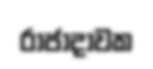
රාජාදාවක